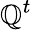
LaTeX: \mathbb{Q}^{t}